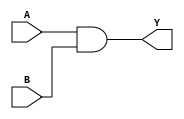
module and_gate(A,B,Y);
input A,B;
output Y;
    and(Y, A, B);
endmodule